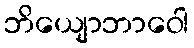
ဘိယျောဘာဝေါ